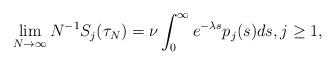
LaTeX: \begin{align*} \lim_{N \to \infty} N^{-1} S_j(\tau_N) = \nu \int_0^\infty e^{-\lambda s} p_j(s) ds, j \geq 1, \end{align*}